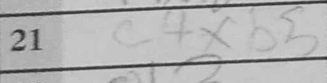
Transcription: c4xb5